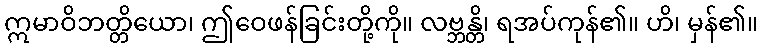
ဣမာဝိဘတ္တိယော၊ ဤဝေဖန်ခြင်းတို့ကို။ လဗ္ဘန္တိ၊ ရအပ်ကုန်၏။ ဟိ၊ မှန်၏။